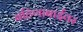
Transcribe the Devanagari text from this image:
बहिणाबाईंवर